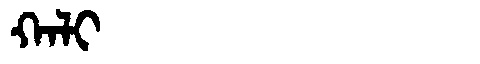
Manchu: ᡴᠠᠯᡳ
Romanization: KALI